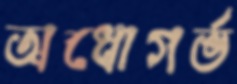
অধোগর্ভ